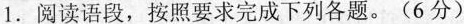
1.阅读语段，按照要求完成下列各题。(6分)